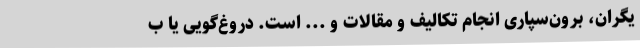
یگران، برون‌سپاری انجام تکالیف و مقالات و ... است. دروغ‌گویی یا ب